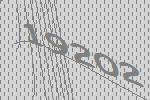
19202